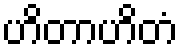
ဟိတာဟိတံ